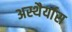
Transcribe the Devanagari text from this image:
अस्थैर्यास